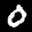
Label: 0